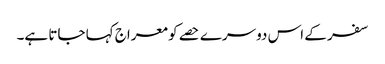
سفر کے اس دوسرے حصے کو معراج کہا جاتا ہے۔